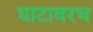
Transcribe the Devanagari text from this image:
घाटावरच